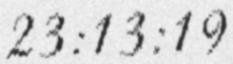
23:13:19